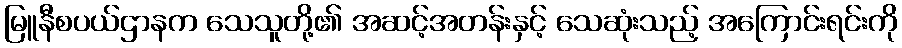
မြူနီစပယ်ဌာနက သေသူတို့၏ အဆင့်အတန်းနှင့် သေဆုံးသည့် အကြောင်းရင်းကို